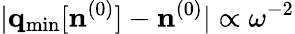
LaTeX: \vert{\mathbf q}_{\mathrm{min}}[{\mathbf n}^{(0)}]-{\mathbf n}^{(0)}\vert\propto\omega^{-2}